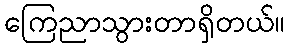
ကြေညာသွားတာရှိတယ်။